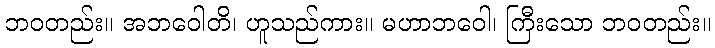
ဘဝတည်း။ အဘဝေါတိ၊ ဟူသည်ကား။ မဟာဘဝေါ၊ ကြီးသော ဘဝတည်း။